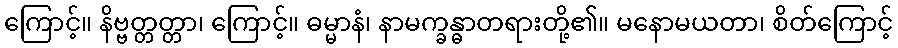
ကြောင့်။ နိဗ္ဗတ္တတ္တာ၊ ကြောင့်။ ဓမ္မာနံ၊ နာမက္ခန္ဓာတရားတို့၏။ မနောမယတာ၊ စိတ်ကြောင့်